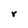
Character: r